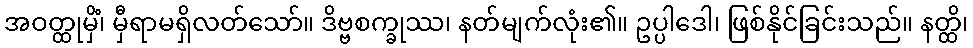
အဝတ္ထုမှိံ၊ မှီရာမရှိလတ်သော်။ ဒိဗ္ဗစက္ခုဿ၊ နတ်မျက်လုံး၏။ ဥပ္ပါဒေါ၊ ဖြစ်နိုင်ခြင်းသည်။ နတ္ထိ၊